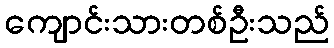
ကျောင်းသားတစ်ဦးသည်